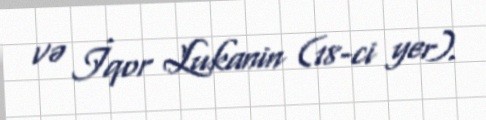
və İqor Lukanin (18-ci yer).